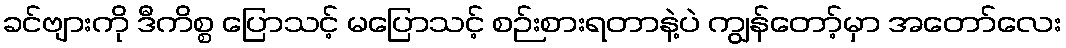
ခင်ဗျားကို ဒီကိစ္စ ပြောသင့် မပြောသင့် စဉ်းစားရတာနဲ့ပဲ ကျွန်တော့်မှာ အတော်လေး